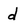
Character: d